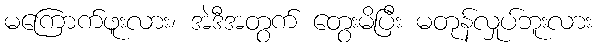
မကြောက်ဖူးလား၊ အဲဒီအတွက် တွေးမိပြီး မတုန်လှုပ်ဘူးလား